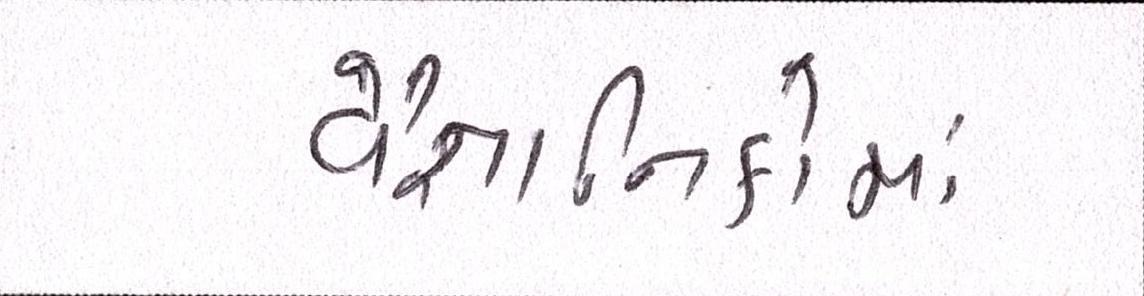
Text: વૈજ્ઞાાનિકોમાં